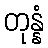
တုန္နံ